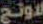
لاونج